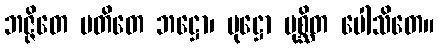
ဘဇ္ဇိတေ ပတိတေ ဘဋ္ဌော၊ ပုဋ္ဌော ပုစ္ဆိတ ပေါသိတေ။